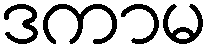
ဒကာမ